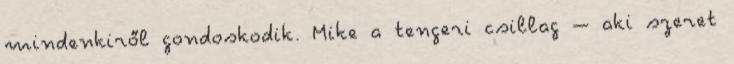
mindenkiről gondoskodik. Mike a tengeri csillag – aki szeret